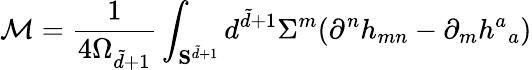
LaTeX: \mathcal{M}=\frac{1}{4\Omega_{\tilde{d}+1}}\int_{{\mathbf S}^{\tilde{d}+1}}d^{\tilde{d}+1}\Sigma^{m}(\partial^{n}h_{mn}-\partial_{m}h^{a}{}_{a})